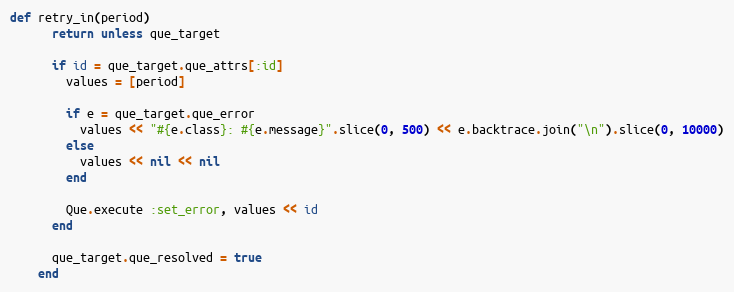
Language: Ruby
def retry_in(period)
      return unless que_target

      if id = que_target.que_attrs[:id]
        values = [period]

        if e = que_target.que_error
          values << "#{e.class}: #{e.message}".slice(0, 500) << e.backtrace.join("\n").slice(0, 10000)
        else
          values << nil << nil
        end

        Que.execute :set_error, values << id
      end

      que_target.que_resolved = true
    end